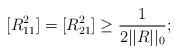
LaTeX: \begin{align*} [R_{11}^2]=[R_{21}^2]\geq\frac{1}{2||R||_0};\end{align*}